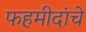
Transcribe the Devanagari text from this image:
फहमीदांचे